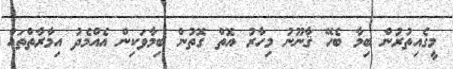
މީގެއިތުރުން ބިމާ ބެހޭ ޤާނޫނު މިހާރު އޮތް ގޮތުން ބިމާވަކިން އެއްމެދު އިމާރާތްތައް